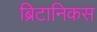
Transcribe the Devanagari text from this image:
ब्रिटानिकस